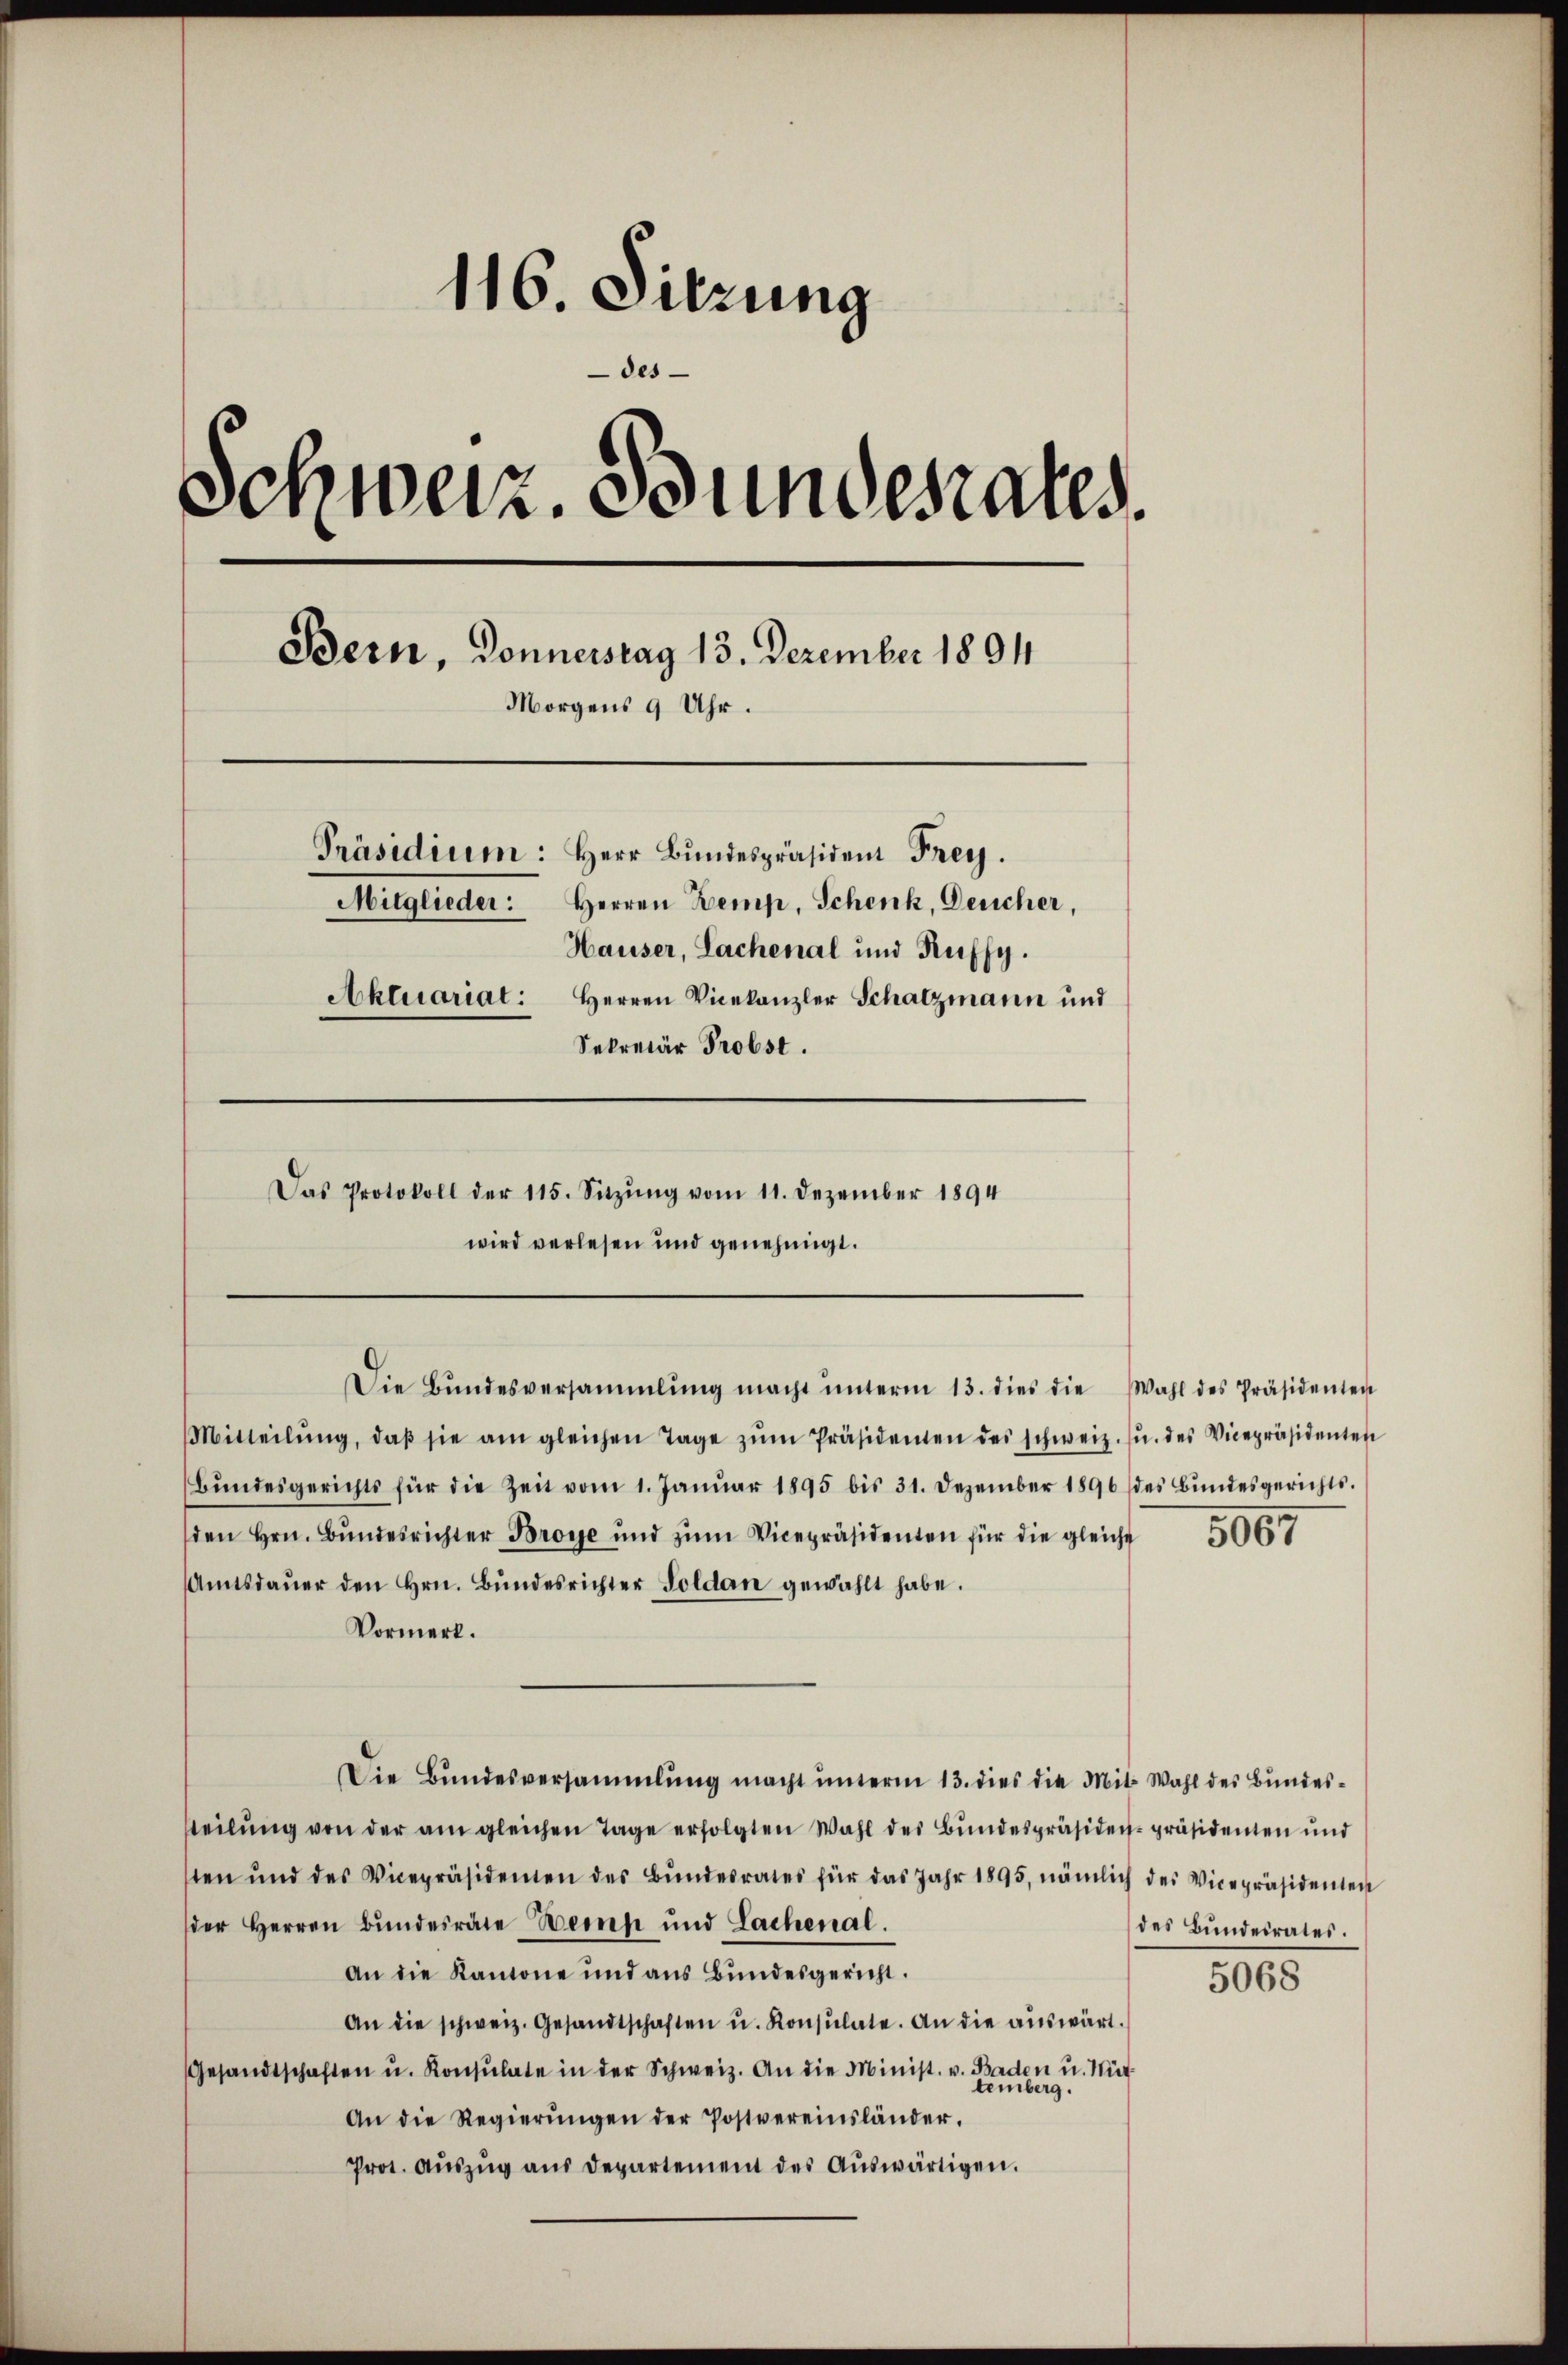
116. Sitzung
des
Schweiz. Bundesrates.
Bern, Donnerstag 13. Dezember 1891
Morgens 9 Uhr.
Präsidium: Herr Bŭndespräsident Frey.
Mitglieder: Herren Kemp, Schenk, Deucher,
Hauser, Lachenal und Kuffy.
Aktuariat: Herren Vicekanzler Schatzmann und
Sekretär Probst.
Das Protokoll der 115. Sitzŭng vom 11. Dezember 1894
wird verlesen und genehmigt.

Die Bŭndesversammlung macht ŭnterm 13. dies die Wahl des Präsidenten

Mitteilŭng, daβ sie am gleichen Tage zŭm Präsidenten des schweiz. f. des Vicepräsidenten
Bŭndesgerichts für die Zeit vom 1. Janŭar 1895 bis 31. Dezember 1896 des Bŭndesgerichts-
den Hrn. Bŭndesrichter Broye und zŭm Vicepräsidenten für die gleiche
Amtsdaŭer den Hrn. Bŭndesrichter Soldan gewählt habe.
Vormerk.
Die Bŭndesversammlung macht ŭnterm 13. dies die Mit Wahl des Bundeseilŭng von der am gleichen Tage erfolgten Wahl des Bŭndespräsiden-präsidenten und
sten und des Vicepräsidenten des Bŭndesrates für das Jahr 1895, nämlich des Vicepräsidenten
der Herren Bŭndesräte Berns und Lachenal.
An die Kantone und aus Bundesgericht.
An die schweiz. Gesandtschaften u. Konsulate. An die aŭswärt.
Gesandtschaften u. Konsulate in der Schweiz. An die Minist. v. Baden u. Nur
An die Regierŭngen der Postvereinsländer.
Prot. Aŭszŭg aŭs departement des Aŭswärtigen.

5067

des Bundesrates.

5068